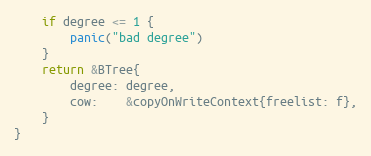
Language: Go
	if degree <= 1 {
		panic("bad degree")
	}
	return &BTree{
		degree: degree,
		cow:    &copyOnWriteContext{freelist: f},
	}
}